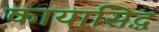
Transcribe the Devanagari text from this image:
कायासिद्ध